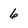
Character: 6